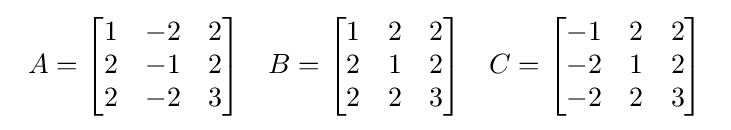
{\begin{array}{lcr}A={\begin{bmatrix}1&-2&2\\2&-1&2\\2&-2&3\end{bmatrix}}&B={\begin{bmatrix}1&2&2\\2&1&2\\2&2&3\end{bmatrix}}&C={\begin{bmatrix}-1&2&2\\-2&1&2\\-2&2&3\end{bmatrix}}\end{array}}